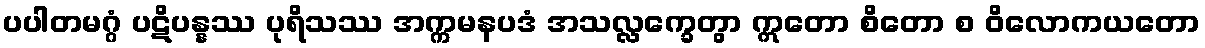
ပပါတမဂ္ဂံ ပဋိပန္နဿ ပုရိသဿ အက္ကမနပဒံ အသလ္လက္ခေတွာ ဣတော စိတော စ ဝိလောကယတော